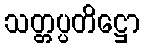
သတ္တပ္ပတိဋ္ဌော